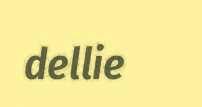
dellie